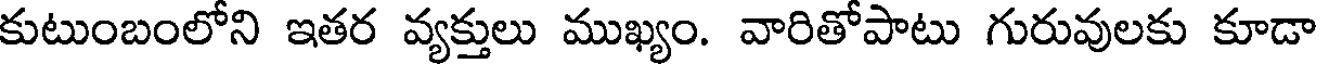
కుటుంబంలోని ఇతర వ్యక్తులు ముఖ్యం. వారితోపాటు గురువులకు కూడా